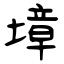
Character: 墇